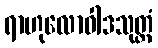
ရာဟုလောဝါဒသုတ္တံ